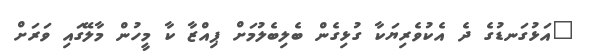
"އަޅުގަނޑުގެ ދެ އެކުވެރިޔަކާ ގުޅިގެން ބެލިބެލުމަށް ޕިއްޒާ ކާ މީހުން މާލޭގައި ވަރަށް